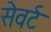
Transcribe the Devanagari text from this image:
सेवर्ट